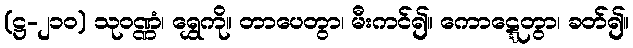
(ဋ္ဌ-၂၁၀) သုဝဏ္ဏံ၊ ရွှေကို။ တာပေတွာ၊ မီးကင်၍။ ကောဋ္ဋေတွာ၊ ခတ်၍။